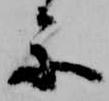
楽